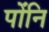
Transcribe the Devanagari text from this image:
पोंनि